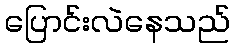
ပြောင်းလဲနေသည်